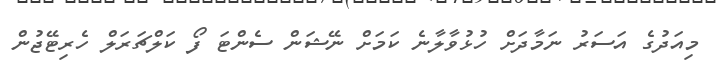
މިއަދުގެ އަސަރު ނަމާދަށް ހުޅުވާލާނެ ކަމަށް ނޭޝަން ސެންޓަ ފޯ ކަލްޗަރަލް ހެރިޓޭޖުން